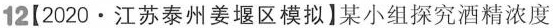
12(2020·江苏泰州姜堰区模拟】某小组探究酒精浓度